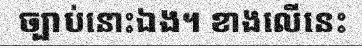
ច្បាប់នោះឯង។ ខាងលើនេះ